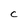
Character: C